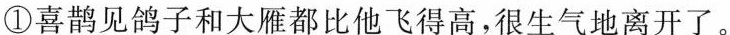
①喜鹊见鸽子和大雁都比他飞得高，很生气地离开了。